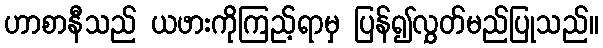
ဟာစာနီသည် ယဖားကိုကြည့်ရာမှ ပြန်၍လွှတ်မည်ပြုသည်။